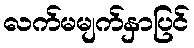
လက်မမျက်နှာပြင်